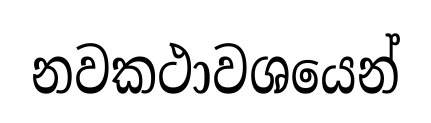
නවකථාවශයෙන්